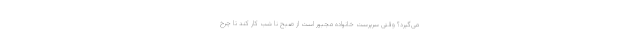
می‌گیرد؟ وقتی سرپرست خانواده مجبور است از صبح نا شب کار کند تا چرخ